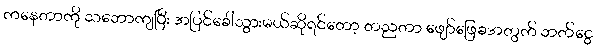
ကနေတာကို သဘောကျပြီး အပြင်ခေါ်သွားမယ်ဆိုရင်တော့ တညတာ ဖျော်ဖြေခအတွက် ဘတ်ငွေ